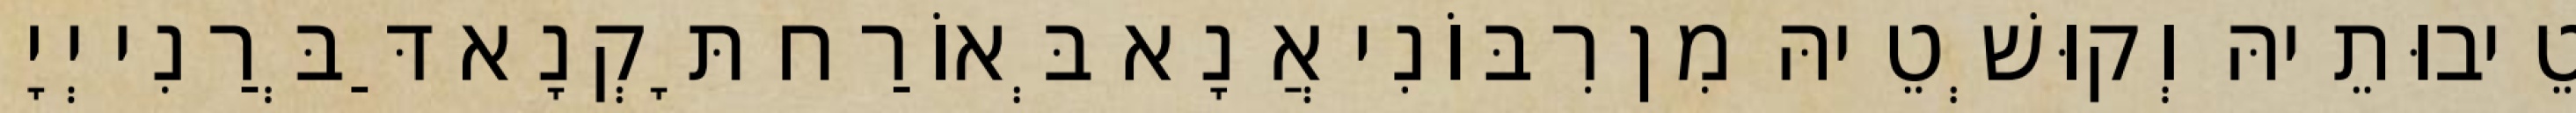
טֵיבוּתֵיהּ וְקוּשְׁטֵיהּ מִן רִבּוֹנִי אֲנָא בְּאוֹרַח תָּקְנָא דַּבְּרַנִי יְיָ